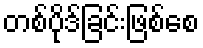
တစ်ပိုဒ်ခြင်းဖြစ်စေ